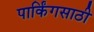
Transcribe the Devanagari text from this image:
पार्किंगसाठी